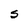
Character: S